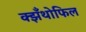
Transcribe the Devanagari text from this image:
क्झँथोफिल